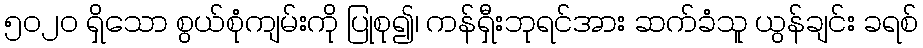
၅၀၂၀ ရှိသော စွယ်စုံကျမ်းကို ပြုစု၍၊ ကန်ရှီးဘုရင်အား ဆက်ခံသူ ယွန်ချင်း ခရစ်